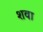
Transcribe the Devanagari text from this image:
शवा